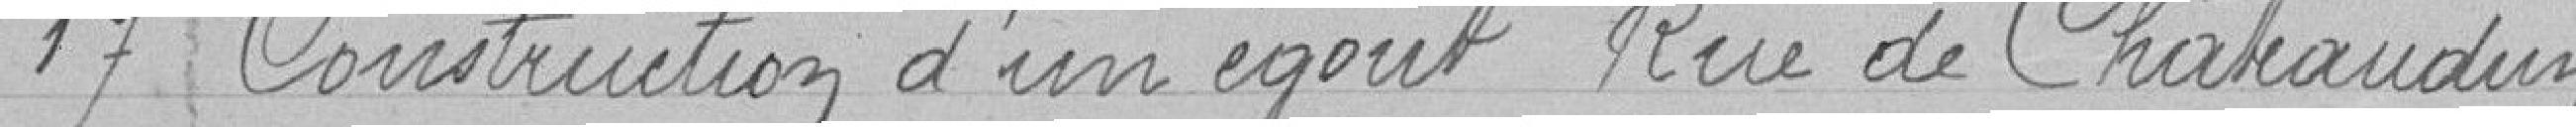
17 Construction d'un égout rue de Châteaudun